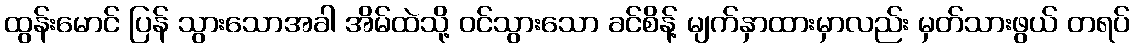
ထွန်းမောင် ပြန် သွားသောအခါ အိမ်ထဲသို့ ဝင်သွားသော ခင်စိန့် မျက်နှာထားမှာလည်း မှတ်သားဖွယ် တရပ်